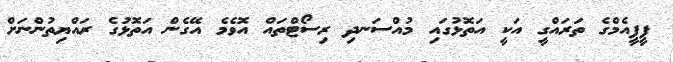
ޕީޕީއެމްގެ ތަރައްގީ އަކީ އަތޮޅުގައި މުއްސަނދި ރިސޯޓްތައް އޮވެމެ އޭގެން އަތޮޅުގެ ރައްޔިތުންނަށް